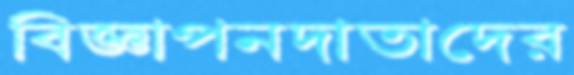
বিজ্ঞাপনদাতাদের